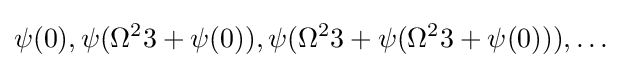
\psi (0),\psi (\Omega ^{2}3+\psi (0)),\psi (\Omega ^{2}3+\psi (\Omega ^{2}3+\psi (0))),\ldots